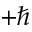
+ \hbar